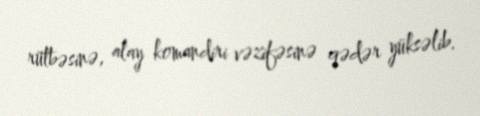
rütbəsinə, alay komandiri vəzifəsinə qədər yüksəlib.